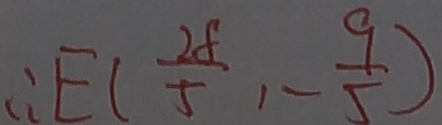
\therefore E ( \frac { 2 8 } { 5 } , - \frac { 9 } { 5 } )